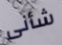
شأنى